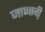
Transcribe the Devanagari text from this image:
जाणावी़